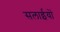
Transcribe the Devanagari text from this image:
सलाईयों